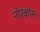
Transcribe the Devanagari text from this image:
नोरक्रोस